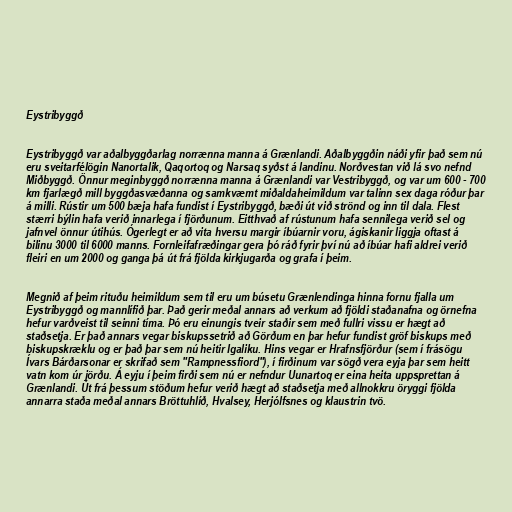
Eystribyggð

Eystribyggð var aðalbyggðarlag norrænna manna á Grænlandi. Aðalbyggðin náði yfir það sem nú
eru sveitarfélögin Nanortalik, Qaqortoq og Narsaq syðst á landinu. Norðvestan við lá svo nefnd
Miðbyggð. Önnur meginbyggð norrænna manna á Grænlandi var Vestribyggð, og var um 600 - 700
km fjarlægð mill byggðasvæðanna og samkvæmt miðaldaheimildum var talinn sex daga róður þar
á milli. Rústir um 500 bæja hafa fundist í Eystribyggð, bæði út við strönd og inn til dala. Flest
stærri býlin hafa verið innarlega í fjörðunum. Eitthvað af rústunum hafa sennilega verið sel og
jafnvel önnur útihús. Ógerlegt er að vita hversu margir íbúarnir voru, ágiskanir liggja oftast á
bilinu 3000 til 6000 manns. Fornleifafræðingar gera þó ráð fyrir því nú að íbúar hafi aldrei verið
fleiri en um 2000 og ganga þá út frá fjölda kirkjugarða og grafa í þeim.

Megnið af þeim rituðu heimildum sem til eru um búsetu Grænlendinga hinna fornu fjalla um
Eystribyggð og mannlífið þar. Það gerir meðal annars að verkum að fjöldi staðanafna og örnefna
hefur varðveist til seinni tíma. Þó eru einungis tveir staðir sem með fullri vissu er hægt að
staðsetja. Er það annars vegar biskupssetrið að Görðum en þar hefur fundist gröf biskups með
biskupskræklu og er það þar sem nú heitir Igaliku. Hins vegar er Hrafnsfjörður (sem í frásögu
Ívars Bárðarsonar er skrifað sem "Rampnessfiord"), í firðinum var sögð vera eyja þar sem heitt
vatn kom úr jörðu. Á eyju í þeim firði sem nú er nefndur Uunartoq er eina heita uppsprettan á
Grænlandi. Út frá þessum stöðum hefur verið hægt að staðsetja með allnokkru öryggi fjölda
annarra staða meðal annars Bröttuhlíð, Hvalsey, Herjólfsnes og klaustrin tvö.